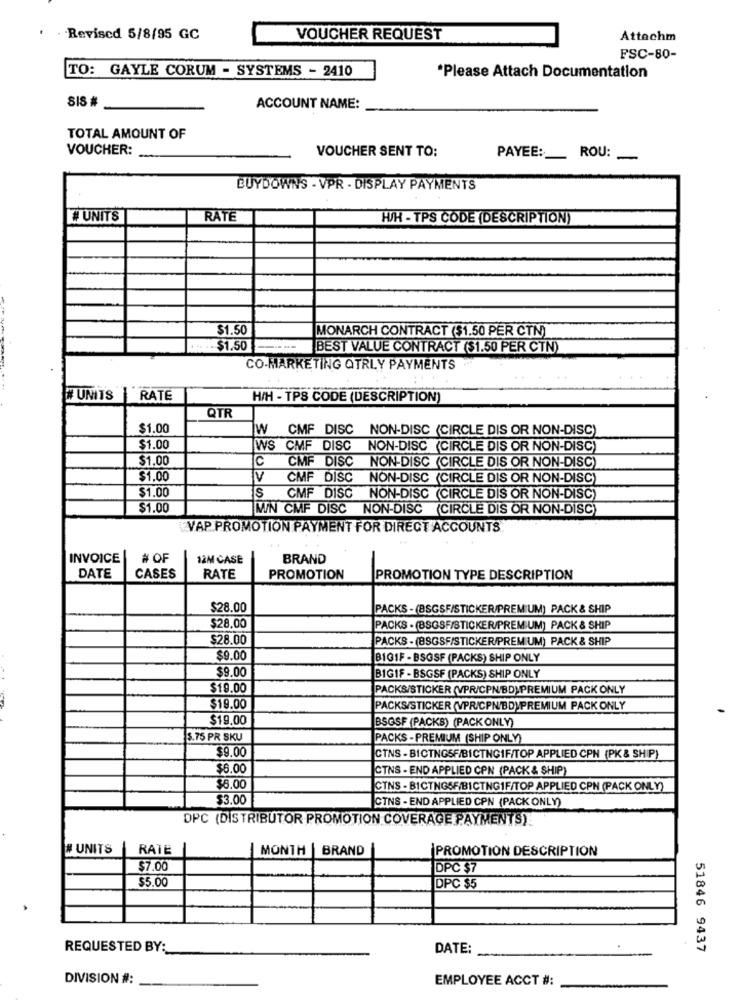
. Revised 5/8/95 GC
VOUCHER REQUEST
Attachm
FSC-80-
TO: GAYLE CORUM - SYSTEMS - 2410
*Please Attach Documentation
SIS #
ACCOUNT NAME:
TOTAL AMOUNT OF
VOUCHER:
VOUCHER SENT TO:
PAYEE:
ROU:
BUYDOWNS - VPR - DISPLAY PAYMENTS
#UNITS
RATE
WH - TPS CODE (DESCRIPTION)
$1.50
MONARCH CONTRACT ($1.50 PER CTN)
- $1.50
BEST VALUE CONTRACT ($1.50 PER CTN)
CO-MARKETING QTRLY PAYMENTS
. ..
# UNITS
RATE
H/H - TPS CODE (DESCRIPTION)
QTR
$1.00
W CMF DISC NON-DISC (CIRCLE DIS OR NON-DISC)
$1.00
WS CMF DISC NON-DISC (CIRCLE DIS OR NON-DISC)
$1.00
C
CMF DISC NON-DISC (CIRCLE DIS OR NON-DISC)
$1.00
V
CMF DISC NON-DISC (CIRCLE DIS OR NON-DISC)
$1.00
S
CMF DISC NON-DISC (CIRCLE DIS OR NON-DISC)
$1.00
MIN CMF DISC NON-DISC (CIRCLE DIS OR NON-DISC)
VAP PROMOTION PAYMENT FOR DIRECT ACCOUNTS
INVOICE
# OF
12M CASE
BRAND
DATE
CASES
RATE
PROMOTION
PROMOTION TYPE DESCRIPTION
$28.00
PACKS - (BSGSF/STICKER/PREMIUM) PACK & SHIP
$28.00
PACKS . (BSGSF/STICKER/PREMIUM) PACK & SHIP
$28.00
PACKS - (BSGSF/STICKER/PREM UM) PACK & SHIP
$9.00
BIG1F - BSOSF (PACKS) SHIP ONLY
$9.00
BIGIF - BSGSF (PACKS) SHIP ONLY
$19.00
PACKS/STICKER (VPR/CPN/BD)PREMIUM PACK ONLY
$19.00
PACKS/STICKER (VPR/CPN'BD)PREMIUM PACK ONLY
$19.00
BSGSF (PACKS) (PACK ONLY)
5.75 PR SKU
PACKS - PREMIUM (SHIP ONLY)
$9.00
CTNS - BICTNGSF/BICTNGIF/TOP APPLIED CPN (PK & SHIP)
$6.00
CTNS - END APPLIED CPN (PACK & SHIP)
$8.00
CTNS - BICTNGSF/BICTNGIF/TOP APPLIED CPN (PACK ONLY)
$3.00
CTNS - END APPLIED CPN (PACK ONLY)
DPC (DISTRIBUTOR PROMOTION COVERAGE PAYMENTS)!
# UNITS
RATE
MONTH | BRAND
PROMOTION DESCRIPTION
$7.00
DPC $7
$5.00
DPC $5
REQUESTED BY:
DATE:
51846 9437
DIVISION #:
EMPLOYEE ACCT #: